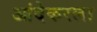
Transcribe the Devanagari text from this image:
आंदेकरला